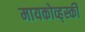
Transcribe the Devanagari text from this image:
मायकोव्ह्‌स्की